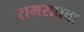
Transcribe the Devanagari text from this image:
रामराघवा